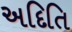
અદિતિ